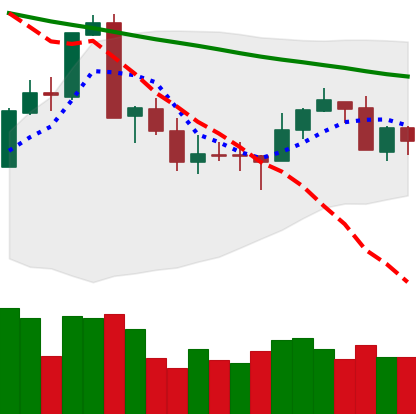
Ticker: XMR-USD
Chart end date: 2018-09-19
Forward return: 5.448%
Label: up_5_7